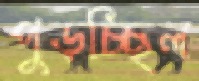
পুড়চ্ছিল